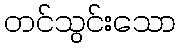
တင်သွင်းသော